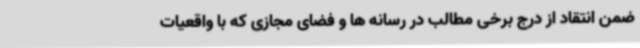
ضمن انتقاد از درج برخی مطالب در رسانه ها و فضای مجازی که با واقعیات